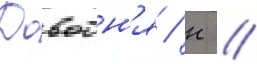
Довбн'я / н //